Calcutta medical institutions reports 1879-81 [i.e.91]
Year: 1879
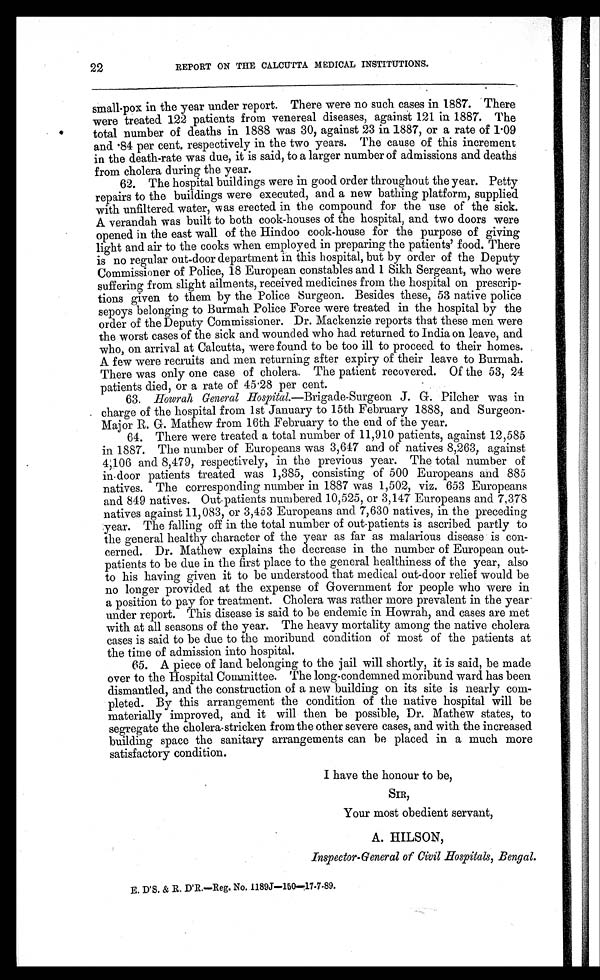
22
REPORT ON THE CALCUTTA MEDICAL INSTITUTIONS.
small-pox in the year under report. There were no such cases in 1887. There
were treated 122 patients from venereal diseases, against 121 in 1887. The
total number of deaths in 1888 was 30, against 23 in 1887, or a rate of 1.09
and .84 per cent. respectively in the two years. The cause of this increment
in the death-rate was due, it is said, to a larger number of admissions and deaths
from cholera during the year.
62. The hospital buildings were in good order throughout the year. Petty
repairs to the buildings were executed, and a new bathing platform, supplied
with unfiltered water, was erected in the compound for the use of the sick.
A verandah was built to both cook-houses of the hospital, and two doors were
opened in the east wall of the Hindoo cook-house for the purpose of giving
light and air to the cooks when employed in preparing the patients’ food. There
is no regular out-door department in this hospital, but by order of the Deputy
Commissioner of Police, 18 European constables and 1 Sikh Sergeant, who were
suffering from slight ailments, received medicines from the hospital on prescrip-
tions given to them by the Police Surgeon. Besides these, 53 native police
sepoys belonging to Burmah Police Force were treated in the hospital by the
order of the Deputy Commissioner. Dr. Mackenzie reports that these men were
the worst cases of the sick and wounded who had returned to India on leave, and
who, on arrival at Calcutta, were found to be too ill to proceed to their homes.
A few were recruits and men returning after expiry of their leave to Burmah.
There was only one case of cholera. The patient recovered. Of the 53, 24
patients died, or a rate of 45.28 per cent.
63. Howrah General Hospital.—Brigade-Surgeon J. G. Pilcher was in
charge of the hospital from 1st January to 15th February 1888, and Surgeon-
Major R. G. Mathew from 16th February to the end of the year.
64. There were treated a total number of 11,910 patients, against 12,585
in 1887. The number of Europeans was 3,647 and of natives 8,263, against
4,106 and 8,479, respectively, in the previous year. The total number of
in-door patients treated was 1,385, consisting of 500 Europeans and 885
natives. The corresponding number in 1887 was 1,502, viz. 653 Europeans
and 849 nat i ves. Out -pat i ent s numbered 10, 525, or 3, 147 Europeans and 7, 378
natives against 11,083, or 3,453 Europeans and 7,630 natives, in the preceding
year. The falling off in the total number of out-patients is ascribed partly to
the general healthy character of the year as far as malarious disease is con-
cerned. Dr. Mathew explains the decrease in the number of European out-
patients to be due in the first place to the general healthiness of the year, also
to his having given it to be understood that medical out-door relief would be
no longer provided at the expense of Government for people who were in
a position to pay for treatment. Cholera was rather more prevalent in the year
under report. This disease is said to be endemic in Howrah, and cases are met
with at all seasons of the year. The heavy mortality among the native cholera
cases is said to be due to the moribund condition of most of the patients at
the time of admission into hospital.
65. A piece of land belonging to the jail will shortly, it is said, be made
over to the Hospital Committee. The long-condemned moribund ward has been
dismantled, and the construction of a new building on its site is nearly com-
- p l e t e d . B y t h i s a r r a n g e m e n t t h e c o n d i t i o n o f t h e n a t i v e h o s p i t a l w i l l b e
materially improved, and it will then be possible, Dr. Mathew states, to
segregate the cholera-stricken from the other severe cases, and with the increased
building space the sanitary arrangements can be placed in a much more
satisfactory condition.
I have the honour to be,
SIR,
Your most obedient servant,
A. HILSON,
Inspector-General of Civil Hospitals, Bengal.
E. D’S. R, D’R.—Reg. No. 1189J—150—17.7.89.